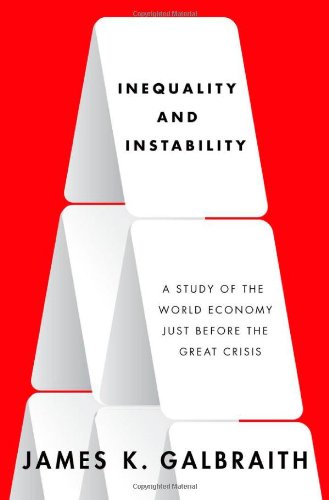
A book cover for Inequality and Instability: A Study of the World Economy Just Before the Great Crisis; James K. Galbraith; Business & Money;